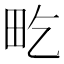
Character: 𤰢